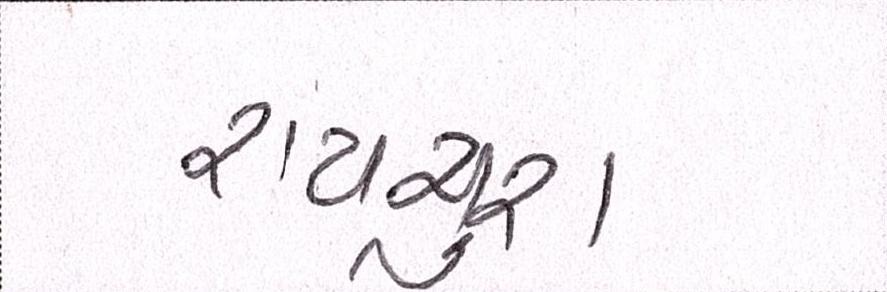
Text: રાયચુરા